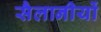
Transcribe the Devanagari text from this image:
सैलानीयों